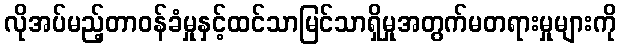
လိုအပ်မည့်တာဝန်ခံမှုနှင့်ထင်သာမြင်သာရှိမှုအတွက်မတရားမှုများကို